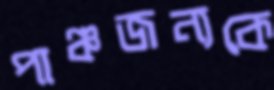
পাঞ্চজন্যকে